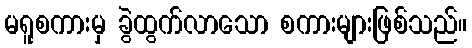
မရူစကားမှ ခွဲထွက်လာသော စကားများဖြစ်သည်။